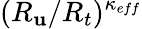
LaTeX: (R_{\mathbf{u}}/R_{t})^{\kappa_{eff}}